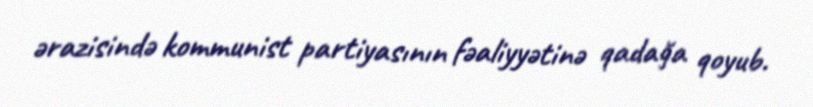
ərazisində kommunist partiyasının fəaliyyətinə qadağa qoyub.